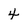
Character: 4